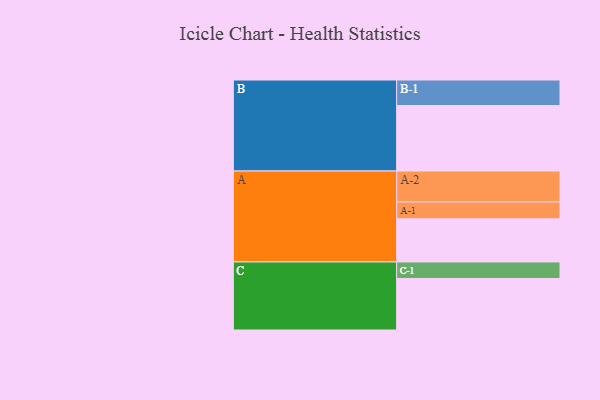
{"axis": {"x": "Segment", "y": "Value"}, "legend": ["", "A", "B", "C"], "data": [{"x": "A", "y": 336, "type": ""}, {"x": "B", "y": 510, "type": ""}, {"x": "C", "y": 401, "type": ""}, {"x": "A-1", "y": 131, "type": "A"}, {"x": "A-2", "y": 241, "type": "A"}, {"x": "B-1", "y": 199, "type": "B"}, {"x": "C-1", "y": 129, "type": "C"}]}